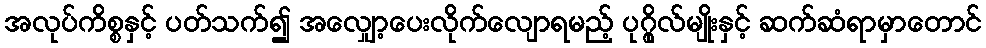
အလုပ်ကိစ္စနှင့် ပတ်သက်၍ အလျှော့ပေးလိုက်လျောရမည့် ပုဂ္ဂိုလ်မျိုးနှင့် ဆက်ဆံရာမှာတောင်